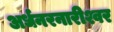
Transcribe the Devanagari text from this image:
अर्धनरनारीश्वर